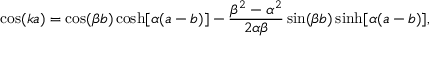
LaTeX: \cos ( k a ) = \cos ( \beta b ) \cosh [ \alpha ( a - b ) ] - { \frac { \beta ^ { 2 } - \alpha ^ { 2 } } { 2 \alpha \beta } } \sin ( \beta b ) \sinh [ \alpha ( a - b ) ] ,